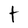
Character: t